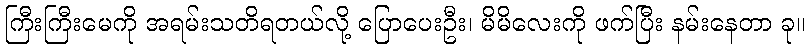
ကြီးကြီးမေကို အရမ်းသတိရတယ်လို့ ပြောပေးဦး၊ မိမိလေးကို ဖက်ပြီး နမ်းနေတာ ခု။